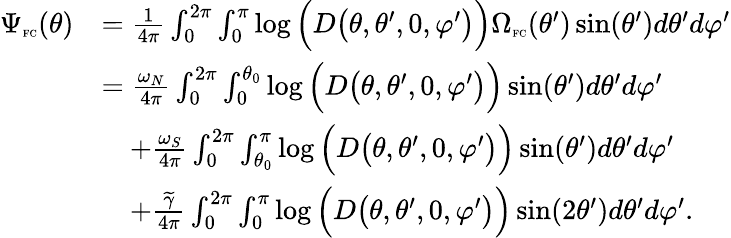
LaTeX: \begin{array}{rl}{\Psi_{\textnormal{\tiny{FC}}}(\theta)}&{=\frac{1}{4\pi}\int_{0}^{2\pi}\int_{0}^{\pi}\log\Big(D\big(\theta,\theta^{\prime},0,\varphi^{\prime}\big)\Big)\Omega_{\textnormal{\tiny{FC}}}(\theta^{\prime})\sin(\theta^{\prime})d\theta^{\prime}d\varphi^{\prime}}\\ &{=\frac{\omega_{N}}{4\pi}\int_{0}^{2\pi}\int_{0}^{\theta_{0}}\log\Big(D\big(\theta,\theta^{\prime},0,\varphi^{\prime}\big)\Big)\sin(\theta^{\prime})d\theta^{\prime}d\varphi^{\prime}}\\ &{\quad+\frac{\omega_{S}}{4\pi}\int_{0}^{2\pi}\int_{\theta_{0}}^{\pi}\log\Big(D\big(\theta,\theta^{\prime},0,\varphi^{\prime}\big)\Big)\sin(\theta^{\prime})d\theta^{\prime}d\varphi^{\prime}}\\ &{\quad+\frac{\widetilde{\gamma}}{4\pi}\int_{0}^{2\pi}\int_{0}^{\pi}\log\Big(D\big(\theta,\theta^{\prime},0,\varphi^{\prime}\big)\Big)\sin(2\theta^{\prime})d\theta^{\prime}d\varphi^{\prime}.}\end{array}